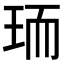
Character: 𭹄